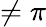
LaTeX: \neq\pi